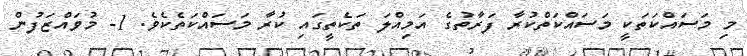
މި މަސައްކަތަކީ މަސައްކަތްކުރާ ފަރާތުގެ އަމިއްލަ ތަކެތީގައި ކުރާ މަސައްކަތެކެވެ. 1- މުވައްޒަފުން